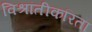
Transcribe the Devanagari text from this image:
विश्रांतीकरिता